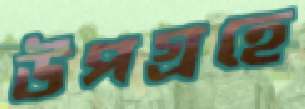
উপগ্রহে